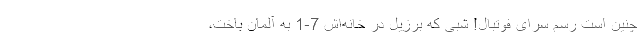
چنین است رسمِ سرای فوتبال! شبی که برزیل در خانه‌اش 7-1 به آلمان باخت،